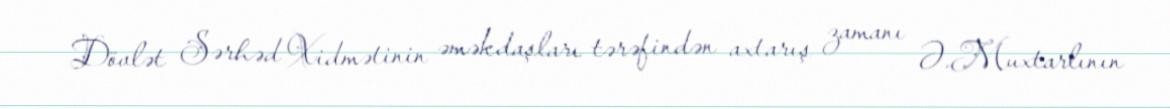
Dövlət Sərhəd Xidmətinin əməkdaşları tərəfindən axtarış zamanı Ə.Muxtarlının